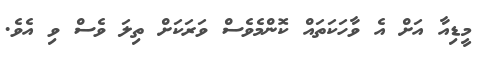
މީޑިއާ އަށް އެ ވާހަކަތައް ކޮންމެވެސް ވަރަކަށް ތިލަ ވެސް ވި އެވެ.